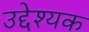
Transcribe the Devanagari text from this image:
उद्देश्यक